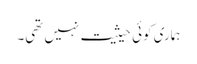
ہماری کوئی حیثیت نہیں تھی۔